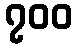
၇၀၀